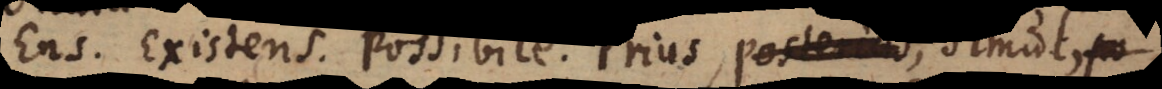
Ens. Existens. Possibile. Prius, posterius,